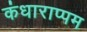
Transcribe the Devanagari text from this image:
कंधाराप्पम